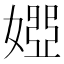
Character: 𡟳